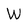
Character: W